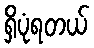
ရှိပုံရတယ်